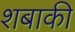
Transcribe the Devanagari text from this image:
शबाकी